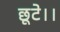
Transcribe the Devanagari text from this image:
छूटे।।